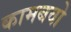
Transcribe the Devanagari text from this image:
कामबवो